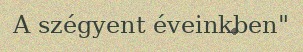
A szégyent éveinkben"